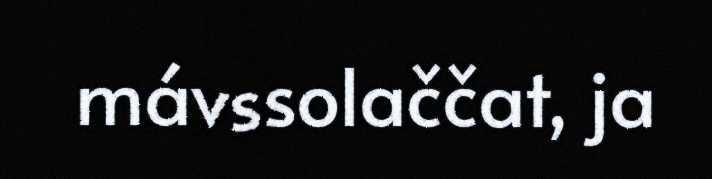
mávssolaččat, ja